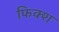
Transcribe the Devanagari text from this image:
फिक्श